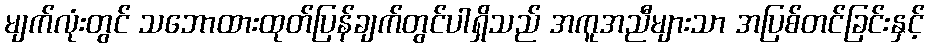
မျက်လုံးတွင် သဘောထားထုတ်ပြန်ချက်တွင်ပါရှိသည် အကူအညီများသာ အပြစ်တင်ခြင်းနှင့်